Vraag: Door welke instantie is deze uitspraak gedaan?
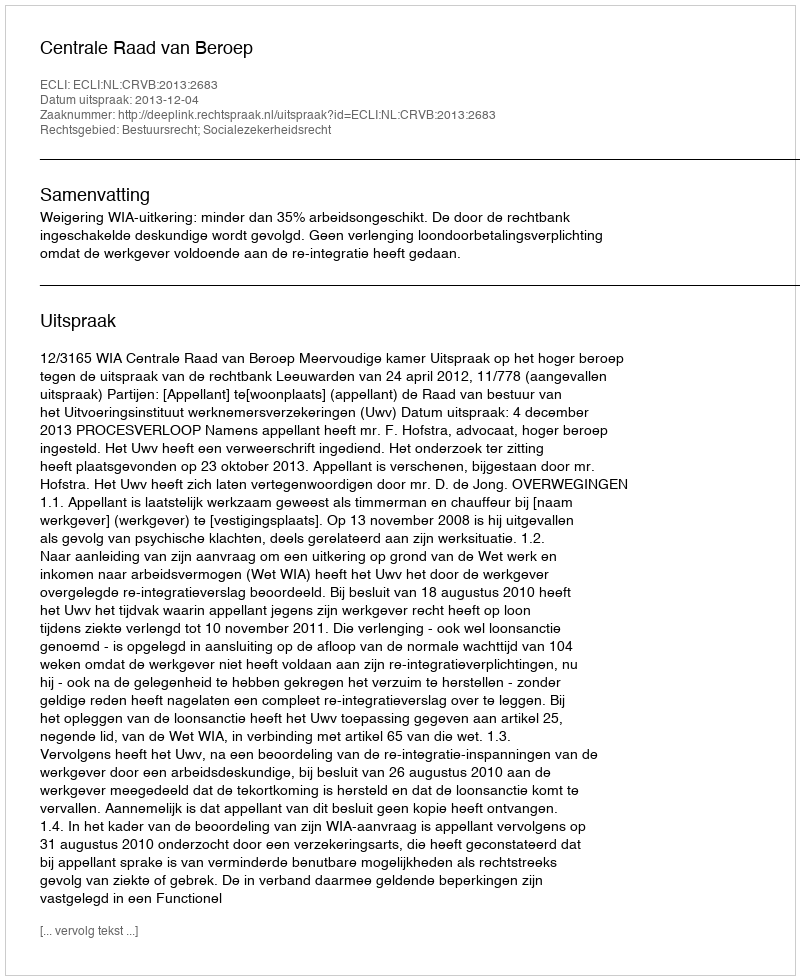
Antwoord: Centrale Raad van Beroep